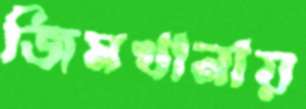
জিমখানায়